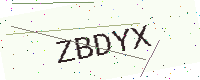
Text: ZBDYX